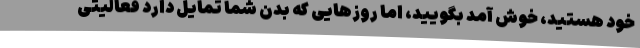
خود هستید، خوش آمد بگویید، اما روزهایی که بدن شما تمایل دارد فعالیتی